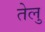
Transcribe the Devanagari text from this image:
तेलु